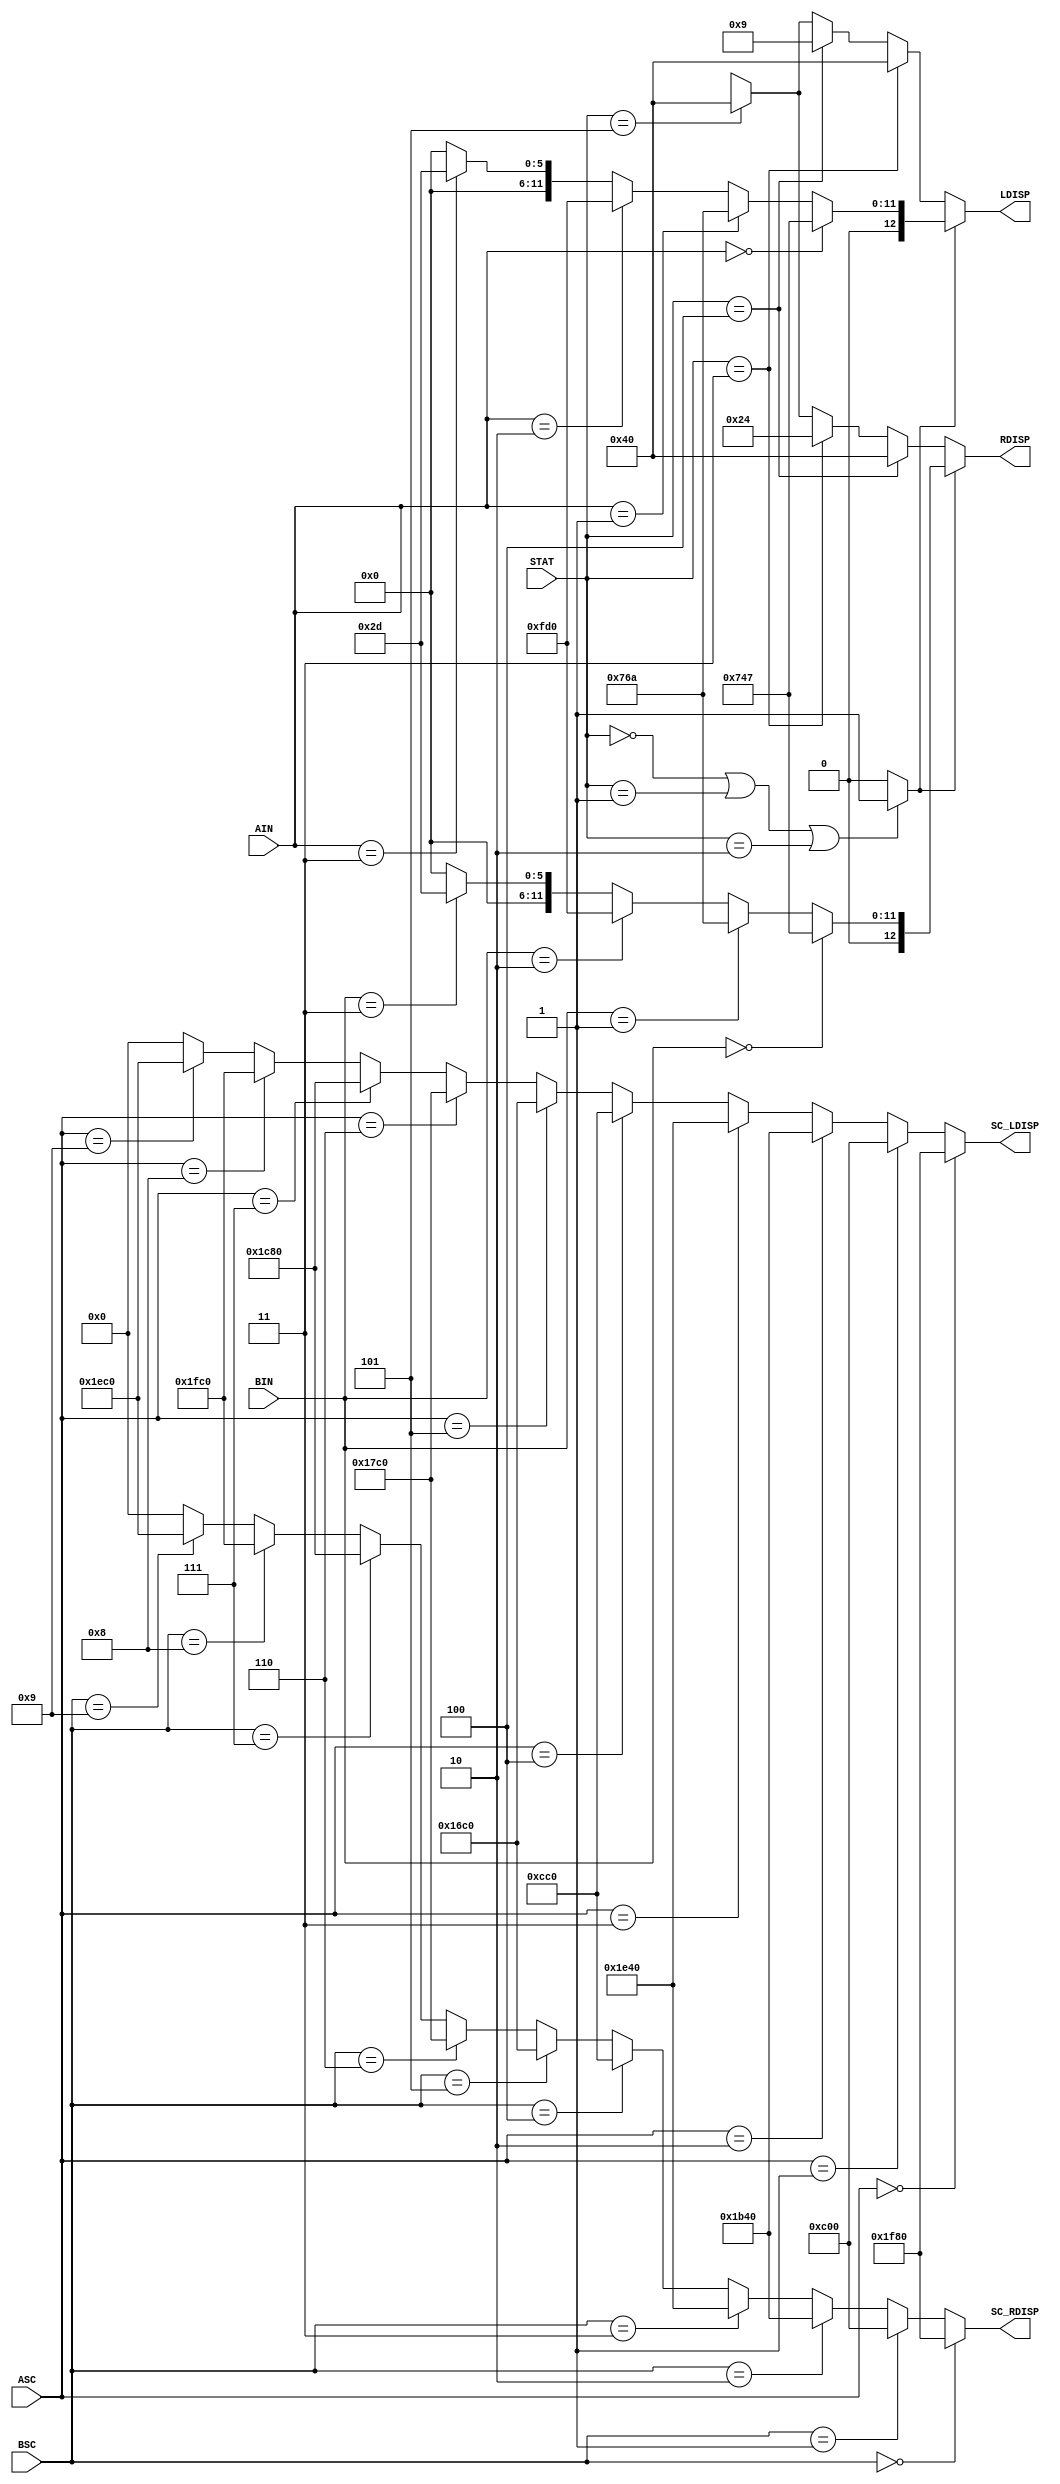
module Vr_HW3_Disp_Decoder (AIN, BIN, STAT, ASC, BSC, LDISP, RDISP, SC_LDISP, SC_RDISP);
  /* I/O interface */
  input [0:1] AIN, BIN; //입력으로 AIN,BIN을 받는다
  input [2:0] STAT; //상태 STAT를 입력받는다
  input [3:0] ASC, BSC; //A,B의 점수를 입력으로 받는다
  output reg [0:12] LDISP, RDISP; // 현재상태를 출력으로 표시한다
  output reg [0:12] SC_LDISP, SC_RDISP; //현재 점수를 출력으로 표시한다

  /* state declarations */
  parameter [2:0] S_INIT = 3'b000,
                  S_AATK = 3'b001,
                  S_BATK = 3'b010,
                  S_AW = 3'b011,
                  S_BW = 3'b100,
                  S_DRAW = 3'b101;
  parameter [0:1] ROCK=2'b00, SCISSORS=2'b01, PAPER=2'b10, INVALID=2'b11;

  function [0:12] number_dec; //4비트 입력을 받아서 정해진 원칙대로 13비트로 변환해주는 함수 number_dec이고 반환값이 number_dec이다
    input [3:0] in_val;
    if(in_val==4'b0000) number_dec = 13'b1111110000000; // 0
    else if(in_val==4'b0001) number_dec = 13'b0110000000000; // 1
    else if(in_val==4'b0010) number_dec = 13'b1101101000000; // 2
    else if(in_val==4'b0011) number_dec = 13'b1111001000000; // 3
    else if(in_val==4'b0100) number_dec = 13'b0110011000000; // 4
    else if(in_val==4'b0101) number_dec = 13'b1011011000000; // 5
    else if(in_val==4'b0110) number_dec = 13'b1011111000000; // 6
    else if(in_val==4'b0111) number_dec = 13'b1110010000000; // 7
    else if(in_val==4'b1000) number_dec = 13'b1111111000000; // 8
    else if(in_val==4'b1001) number_dec = 13'b1111011000000; // 9
    else number_dec = 13'b0000000000000;
  endfunction

  function [0:12] sign_dec; // 2비트 입력을 받아서 주먹,가위,보자기,invalid를 13비트로 변환해주는 함수이고 반환값은 sign_dec이다
    input [0:1] in_val;
    if(in_val==2'b00) sign_dec = 13'b0011101000111; // rock 
    else if(in_val==2'b01) sign_dec = 13'b0011101101010; // scissors
    else if(in_val==2'b10) sign_dec = 13'b0111111010000; // paper
    else if(in_val==2'b11) sign_dec = 13'b0000000101101; // invalid
    else sign_dec = 13'b0000000000000; 
  endfunction

  function isRock; //2비트 입력을 받아서 주먹인지 아닌지 판별한다
    input [0:1] in_val;
    if (in_val == ROCK) isRock = 1'b1;
    else isRock = 1'b0;
  endfunction

  function isScissors; //2비트 입력을 받아서 가위인지 아닌지 판별한다
    input [0:1] in_val;
    if (in_val == SCISSORS) isScissors = 1'b1;
    else isScissors = 1'b0;
  endfunction

  function isPaper; //2비트 입력을 받아서 보자기인지 아닌지 판별한다
    input [0:1] in_val;
    if (in_val == PAPER) isPaper = 1'b1;
    else isPaper = 1'b0;
  endfunction

  function isInvalid; //2비트 입력을 받아서 invalid인지 아닌지 판별한다
    input [0:1] in_val;
    if (in_val == INVALID) isInvalid = 1'b1;
    else isInvalid = 1'b0;
  endfunction  

  /* Implementation 4: display decoder */
assign SC_LDISP = number_dec(ASC); //ASC를 입력으로 받아서 13비트로 변환 후 SC_LDISP에 assign한다
assign SC_RDISP = number_dec(BSC); //BSC를 입력으로 받아서 13비트로 변환 후 SC_RDISP에 assign한다

function  isSign; //2비트 입력을 받아서 상태가 초기상태이거나 공격상태이면 1을 반환한다
    input [2:0] in_val;
    if (in_val == S_INIT || in_val == S_AATK || in_val == S_BATK ) isSign = 1;
    else isSign =0;
  endfunction


function [0:12] isResult_A; //2비트 입력을 받아서 상태가 A가 이겼거나 B가 이겼거나 비겼으면 13비트로 변환해주는 함수이다.
    input [2:0] in_val;
    if (in_val == S_AW ) isResult_A = 13'b0000001000000;
    else if ( in_val == S_BW) isResult_A = 13'b0000000001001;
    else if ( in_val == S_DRAW) isResult_A = 13'b0000001000000;
  endfunction

function [0:12] isResult_B; //2비트 입력을 받아서 상태가 A가 이겼거나 B가 이겼거나 비겼으면 13비트로 변환해주는 함수이다.
    input [2:0] in_val;
    if (in_val == S_BW ) isResult_B = 13'b0000001000000;
    else if ( in_val == S_AW) isResult_B = 13'b0000000100100;
    else if ( in_val == S_DRAW) isResult_B = 13'b0000001000000;
  endfunction


assign LDISP = (isSign(STAT)==1) ? sign_dec(AIN) : isResult_A(STAT);
assign RDISP = (isSign(STAT)==1) ? sign_dec(BIN) : isResult_B(STAT);
// 현재상태가 승부가 결정된 상태가 아니라면 AIN입력을 그대로 출력하고 승부가 결정된 상태라면 현재 승부를 결과로 출력한다
endmodule